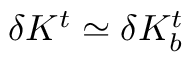
\delta K ^ { t } \simeq \delta K _ { b } ^ { t }